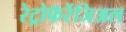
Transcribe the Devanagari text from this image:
रेट्रोफॅरेंजिअल